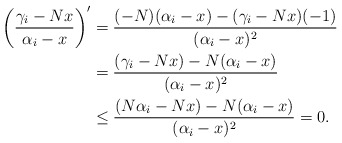
\begin{align*}\left(\frac{\gamma_i-Nx}{\alpha_i-x}\right)'&=\frac{(-N)(\alpha_i-x)-(\gamma_i-Nx)(-1)}{(\alpha_i-x)^2}\\&=\frac{(\gamma_i-Nx)-N(\alpha_i-x)}{(\alpha_i-x)^2}\\&\le\frac{(N\alpha_i-Nx)-N(\alpha_i-x)}{(\alpha_i-x)^2}=0.\end{align*}